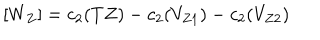
[ W _ { Z } ] = c _ { 2 } ( T Z ) - c _ { 2 } ( V _ { Z 1 } ) - c _ { 2 } ( V _ { Z 2 } )